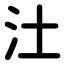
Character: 汢